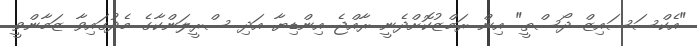
"އެކްސަސައިޒް ދޯސްތީ" އިން ރަމްޒުކޮށްދެނީ ރާއްޖެ އިންޑިޔާ އަދި ސްރީލަންކާގެ މެދުގައިވާ ޒަމާންވީ